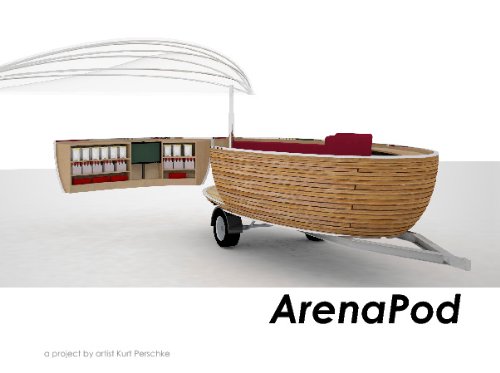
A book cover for Arena Pod: a social sports broadcasting event; Kurt Perschke; Sports & Outdoors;